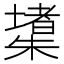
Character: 𱤧